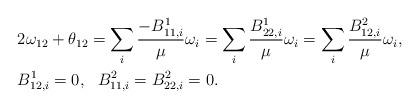
LaTeX: \begin{align*}&2\omega_{12}+\theta_{12}=\sum_i\frac{-B^1_{11,i}}{\mu}\omega_i=\sum_i\frac{B^1_{22,i}}{\mu}\omega_i=\sum_i\frac{B^2_{12,i}}{\mu}\omega_i,\\&B^1_{12,i}=0,~~B^2_{11,i}=B^2_{22,i}=0.\end{align*}